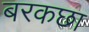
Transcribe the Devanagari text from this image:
बरकछा